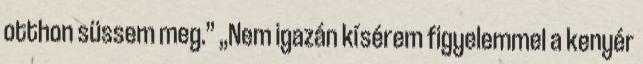
otthon süssem meg.” „Nem igazán kísérem figyelemmel a kenyér